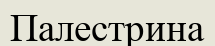
Палестрина